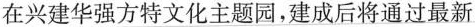
在兴建华强方特文化主题园，建成后将通过最新